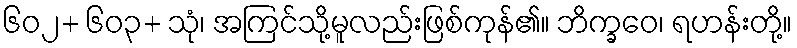
၆၀၂+ ၆၀၃+ သုံ၊ အကြင်သို့မူလည်းဖြစ်ကုန်၏။ ဘိက္ခဝေ၊ ရဟန်းတို့။